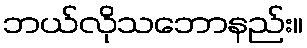
ဘယ်လိုသဘောနည်း။